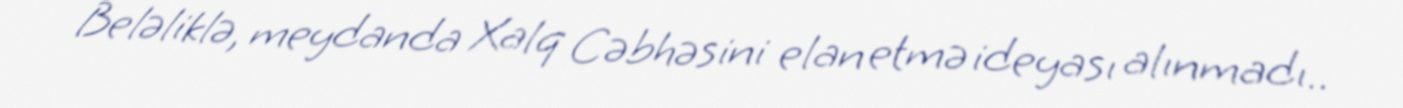
Beləliklə, meydanda Xalq Cəbhəsini elan etmə ideyası alınmadı..